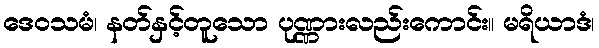
ဒေဝသမံ၊ နတ်နှင့်တူသော ပုဏ္ဏားလည်းကောင်း။ မရိယာဒံ၊